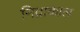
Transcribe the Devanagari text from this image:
निद्राकाल